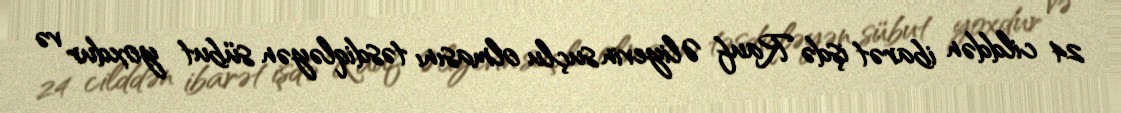
24 cilddən ibarət işdə Rauf Əliyevin suçlu olmasını təsdiqləyən sübut yoxdur və